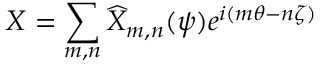
X = \sum _ { m , n } \widehat { X } _ { m , n } ( \psi ) e ^ { i ( m \theta - n \zeta ) }